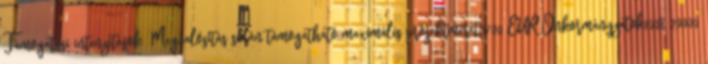
Támogatási intenzitások ▪Megvalósítás során támogatható maximális projektméret3700 EUR▪Önkormányzatok100% 20000